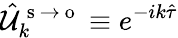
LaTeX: \hat{\mathcal{U}}_{k}^{\mathrm{~s~}\to\mathrm{~o~}}\equiv e^{-ik\hat{\tau}}